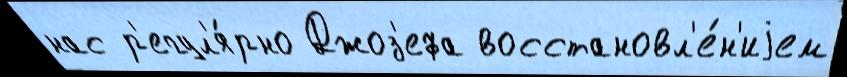
нас р'егул'я́рно Джоз'ефа восстановл'е́н'иjем